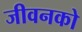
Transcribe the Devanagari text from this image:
जीवनको